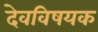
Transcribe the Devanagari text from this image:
देवविषयक